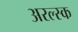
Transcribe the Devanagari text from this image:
अरल्स्क